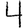
Digit: 4